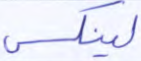
لينكس